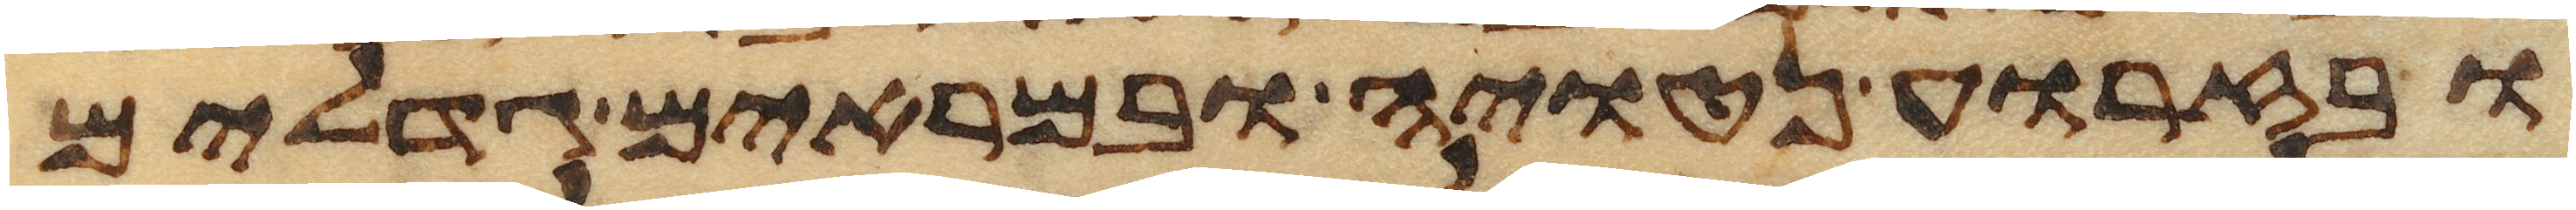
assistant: ובזרוע נטויה ובמראים גדלים